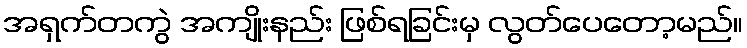
အရှက်တကွဲ အကျိုးနည်း ဖြစ်ရခြင်းမှ လွတ်ပေတော့မည်။